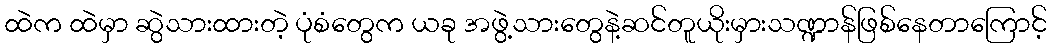
ထဲက ထဲမှာ ဆွဲသားထားတဲ့ ပုံစံတွေက ယခု အဖွဲ့သားတွေနဲ့ဆင်တူယိုးမှားသဏ္ဍာန်ဖြစ်နေတာကြောင့်